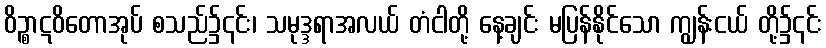
ဝိဉ္စာဋဝိတောအုပ် စသည်၌၎င်း၊ သမုဒ္ဒရာအလယ် တံငါတို့ နေ့ချင်း မပြန်နိုင်သော ကျွန်းငယ် တို့၌၎င်း